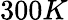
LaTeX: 300K